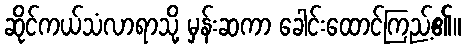
ဆိုင်ကယ်သံလာရာသို့ မှန်းဆကာ ခေါင်းထောင်ကြည့်၏။